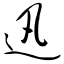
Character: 迅